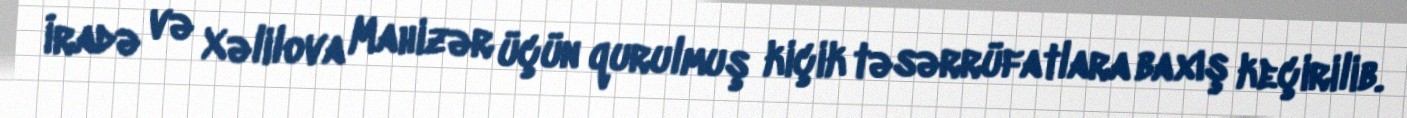
İradə və Xəlilova Mahizər üçün qurulmuş kiçik təsərrüfatlara baxış keçirilib.